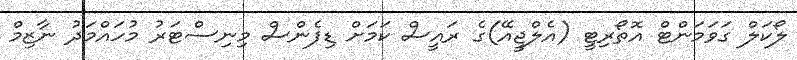
ލޯކަލް ގަވަމަންޓް އޮތޯރިޓީ (އެލްޖީއޭ)ގެ ރައީސް ކަމަށް ޑިފެންސް މިނިސްޓަރު މުހައްމަދު ނާޒިމް